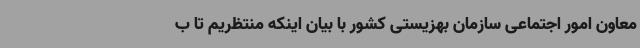
معاون امور اجتماعی سازمان بهزیستی کشور با بیان اینکه منتظریم تا ب